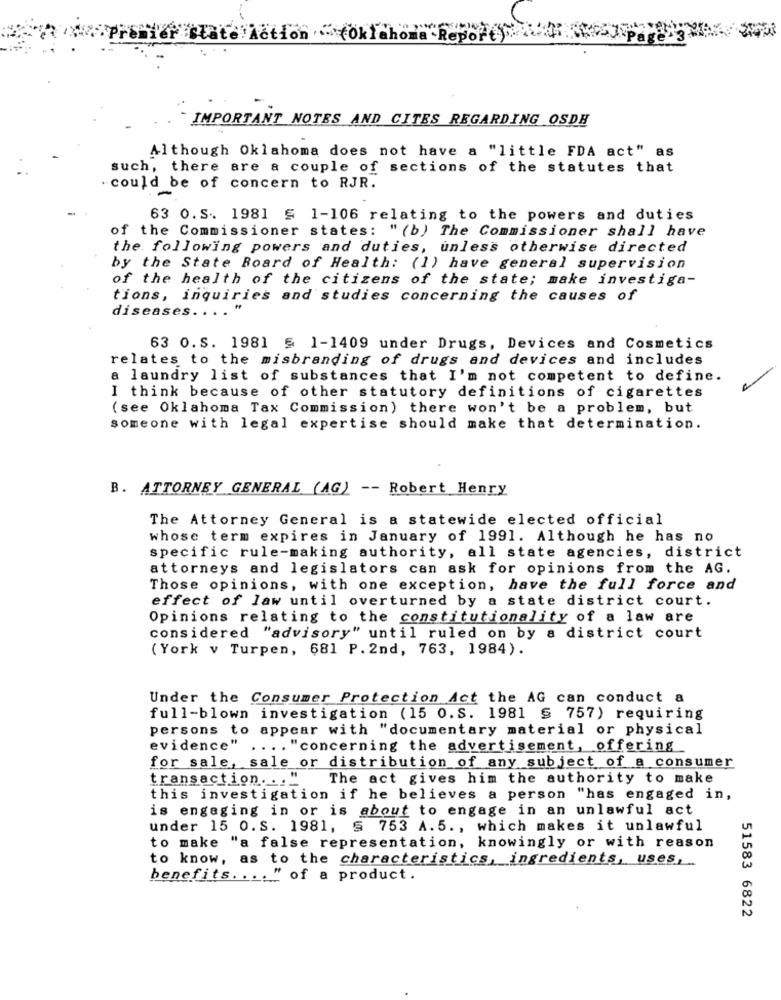
te Action .(oklahoma Report)>
IMPORTANT NOTES AND CITES REGARDING OSDH
Although Oklahoma does not have a "little FDA act" as
such, there are a couple of sections of the statutes that
-could be of concern to RJR.
63 0.S. 1981 5 1-106 relating to the powers and duties
of the Commissioner states: "(b) The Commissioner shall have
the following powers and duties, unless otherwise directed
by the State Board of Health: (1) have general supervision
of the health of the citizens of the state; make investiga-
tions, inquiries and studies concerning the causes of
diseases ....
63 0.S. 1981 5 1-1409 under Drugs, Devices and Cosmetics
relates to the misbranding of drugs and devices and includes
a laundry list of substances that I'm not competent to define.
I think because of other statutory definitions of cigarettes
(see Oklahoma Tax Commission) there won't be a problem, but
someone with legal expertise should make that determination.
B. ATTORNEY GENERAL (AG) -- Robert Henry
The Attorney General is a statewide elected official
whose term expires in January of 1991. Although he has no
specific rule-making authority, all state agencies, district
attorneys and legislators can ask for opinions from the AG.
Those opinions, with one exception, have the full force and
effect of law until overturned by a state district court.
Opinions relating to the constitutionality of a law are
considered "advisory" until ruled on by a district court
(York v Turpen, 681 P. 2nd, 763, 1984).
Under the Consumer Protection Act the AG can conduct a
full-blown investigation (15 o.S. 1981 § 757) requiring
persons to appear with "documentary material or physical
evidence"
.... "concerning the advertisement, offering
for sale, sale or distribution of any subject of a consumer
transaction. ..
The act gives him the authority to make
this investigation if he believes a person "has engaged in,
is engaging in or is about to engage in an unlawful act
under 15 0.S. 1981, § 753 A.5 ., which makes it unlawful
to make "a false representation, knowingly or with reason
to know, as to the characteristics, ingredients, uses,
benefits .... " of a product.
51583 6822